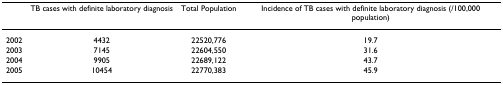
<table><thead><tr><td></td><td><b>TB cases with definite laboratory diagnosis</b></td><td><b>Total Population</b></td><td><b>Incidence of TB cases with definite laboratory diagnosis (/100,000 population)</b></td></tr></thead><tbody><tr><td>2002</td><td>4432</td><td>22520,776</td><td>19.7</td></tr><tr><td>2003</td><td>7145</td><td>22604,550</td><td>31.6</td></tr><tr><td>2004</td><td>9905</td><td>22689,122</td><td>43.7</td></tr><tr><td>2005</td><td>10454</td><td>22770,383</td><td>45.9</td></tr></tbody></table>